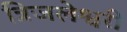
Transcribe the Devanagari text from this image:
त्रिजलेश्वरी